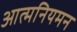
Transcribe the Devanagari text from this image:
आत्मनियमन